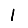
Digit: 1